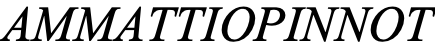
AMMATTIOPINNOT